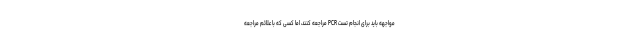
مواجهه باید برای انجام تست PCR مراجعه کنند، اما کسی که با علائم مراجعه